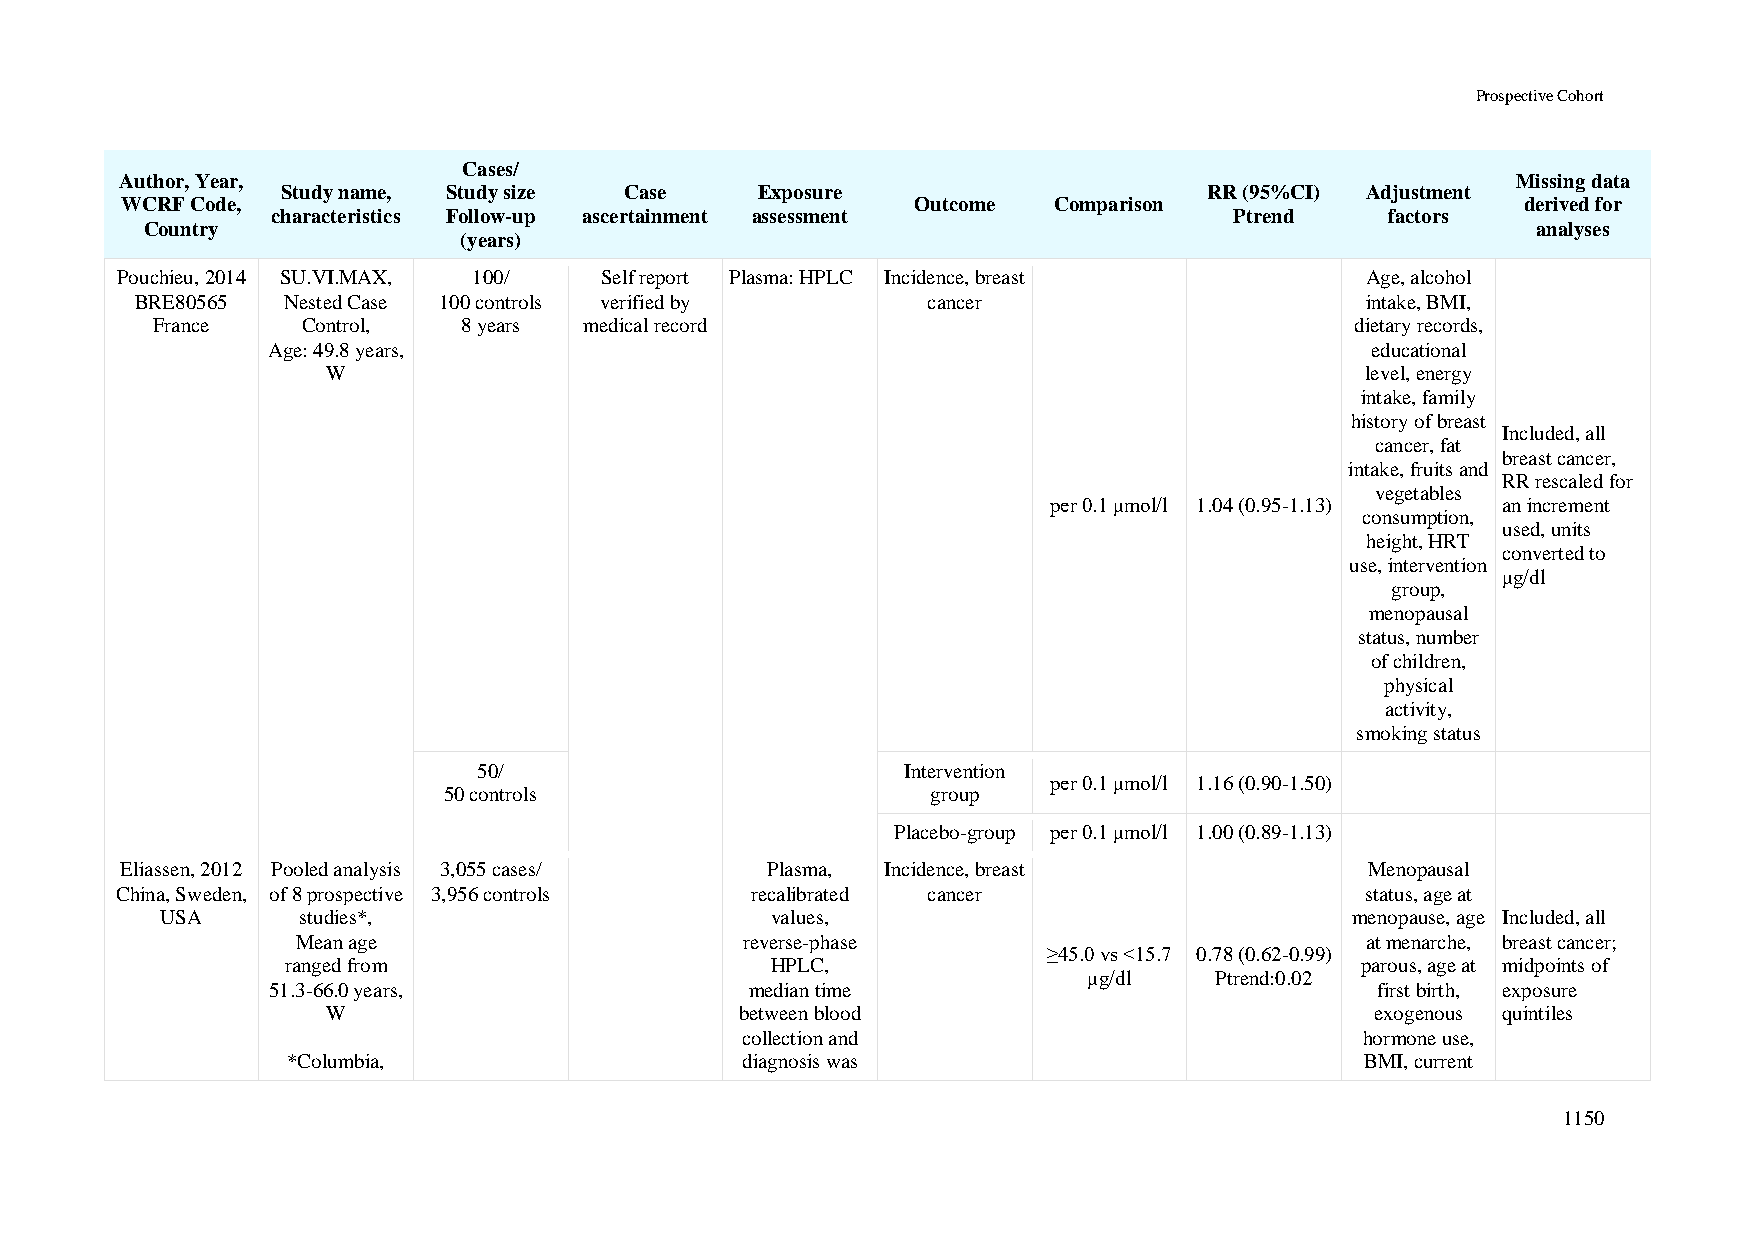
Prospective Cohort
 Cases/
 Author, Year,                                                                               Missing data
 Study name, Study size Case    Exposure                      RR (95%CI) Adjustment
 WCRF Code,                                           Outcome  Comparison                     derived for
 characteristics Follow-up ascertainment assessment              Ptrend    factors
 Country                                                                                     analyses
 (years)
 Pouchieu, 2014 SU.VI.MAX, 100/  Self report Plasma: HPLC Incidence, breast        Age, alcohol
 BRE80565  Nested Case 100 controls verified by      cancer                       intake, BMI,
 France    Control,   8 years medical record                                     dietary records,
 Age: 49.8 years,                                                         educational
 W                                                                   level, energy
 intake, family
 history of breast
 Included, all
 cancer, fat
 breast cancer,
 intake, fruits and
 RR rescaled for
 vegetables
 per 0.1 μmol/l 1.04 (0.95-1.13) an increment
 consumption,
 used, units
 height, HRT
 converted to
 use, intervention
 μg/dl
 group,
 menopausal
 status, number
 of children,
 physical
 activity,
 smoking status
 50/                         Intervention
 per 0.1 μmol/l 1.16 (0.90-1.50)
 50 controls                      group
 Placebo-group per 0.1 μmol/l 1.00 (0.89-1.13)
 Eliassen, 2012 Pooled analysis 3,055 cases/ Plasma, Incidence, breast              Menopausal
 China, Sweden, of 8 prospective 3,956 controls recalibrated cancer                status, age at
 USA      studies*,                      values,                                menopause, age Included, all
 Mean age                     reverse-phase                            at menarche, breast cancer;
 ≥45.0 vs <15.7 0.78 (0.62-0.99)
 ranged from                     HPLC,                                  parous, age at midpoints of
 μg/dl   Ptrend:0.02
 51.3-66.0 years,                median time                              first birth, exposure
 W                          between blood                             exogenous quintiles
 collection and                           hormone use,
 *Columbia,                    diagnosis was                            BMI, current
 1150